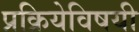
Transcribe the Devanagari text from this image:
प्रक्रियेविषयी